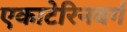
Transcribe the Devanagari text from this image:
एकाटेरिनवर्ग